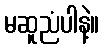
မဆူညံပါနဲ့။